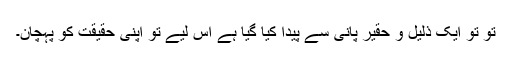
تُو تو ایک ذلیل و حقیر پانی سے پیدا کیا گیا ہے اس لیے تو اپنی حقیقت کو پہچان۔